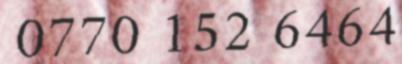
0770 152 6464